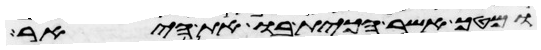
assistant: ומטך אשר הכית בו את היאר